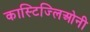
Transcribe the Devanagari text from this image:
कास्टिज्लिओनी